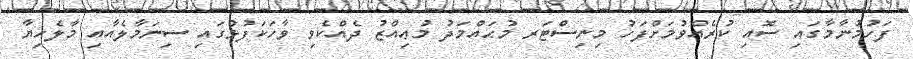
ފަހުމުނާމާގައި ސޮއި ކުރެއްވުމަށްފަހު މިނިސްޓަރ މުޙައްމަދު މުޢިއްޒު ދެއްކެވި ވާހަކަފުޅުގައި ސިނަމާލެއާއި މާލެހިޔާ